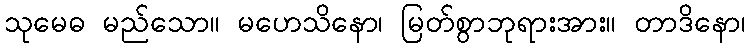
သုမေဓ မည်သော။ မဟေသိနော၊ မြတ်စွာဘုရားအား။ တာဒိနော၊